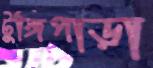
টুঙ্গিপাড়া